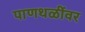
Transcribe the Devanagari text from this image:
पाणथळींवर